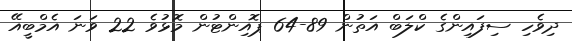
ދިވެހި ސިފައިންގެ ކްލަބް އަތުން 89-64 ޕޮއިންޓުން މޮޅުވެ 22 ވަނަ އެމްބީއޭ